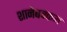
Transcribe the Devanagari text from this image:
शानेबक्कम